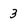
Character: 3